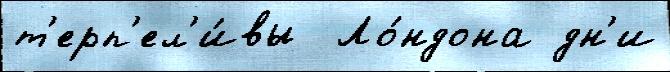
т'ерп'ел'и́вы  Ло́ндона дн'и